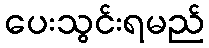
ပေးသွင်းရမည်